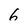
Character: 6